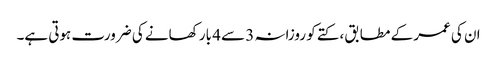
ان کی عمر کے مطابق ، کتے کو روزانہ 3 سے 4 بار کھانے کی ضرورت ہوتی ہے۔